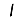
Digit: 1